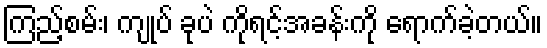
ကြည့်စမ်း၊ ကျုပ် ခုပဲ ကိုရင့်အခန်းကို ရောက်ခဲ့တယ်။